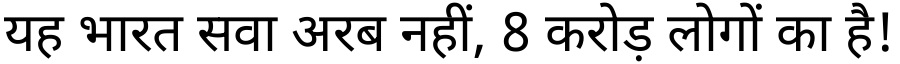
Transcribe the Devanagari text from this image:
यह भारत सवा अरब नहीं, 8 करोड़ लोगों का है!